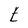
Character: t